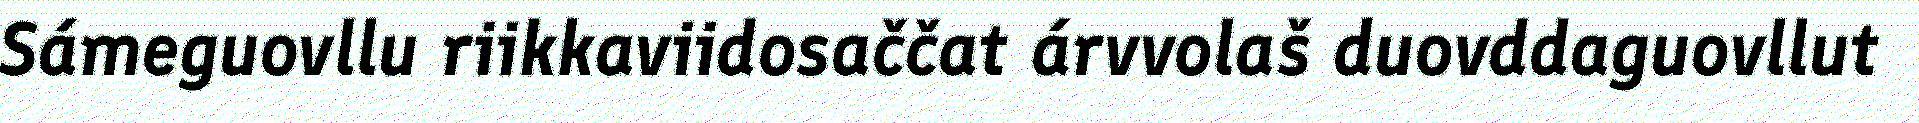
Sámeguovllu riikkaviidosaččat árvvolaš duovddaguovllut